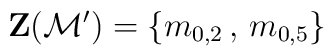
\textbf{Z}(\mathcal{M}') = \{ m_{0,2} \, , \, m_{0,5} \}